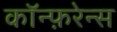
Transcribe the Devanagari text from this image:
कॉन्फ़रेन्स